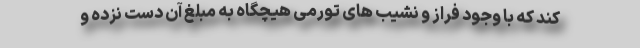
کند که با وجود فراز و نشیب های تورمی هیچگاه به مبلغ آن دست نزده و